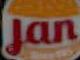
Jan